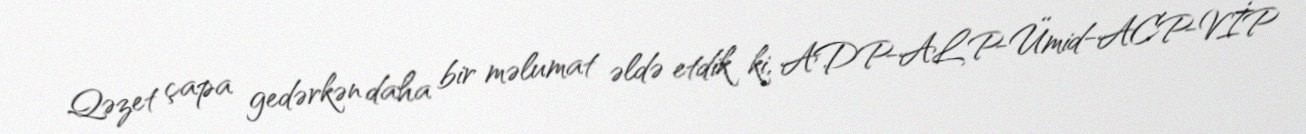
Qəzet çapa gedərkən daha bir məlumat əldə etdik ki, ADP-ALP-Ümid-ACP-VİP